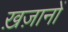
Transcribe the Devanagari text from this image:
ख़ज़ानों